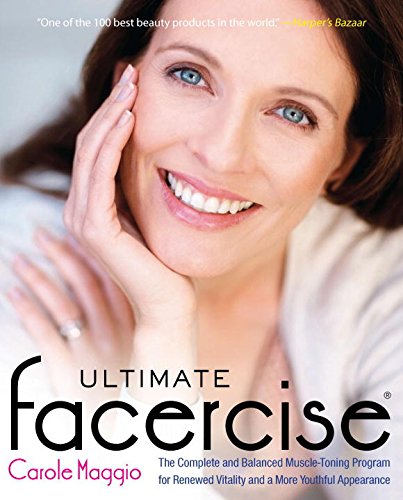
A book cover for Ultimate Facercise: The Complete and Balanced Muscle-Toning Program for RenewedVitality and a MoreYo uthful Appearance; Carole Maggio; Health, Fitness & Dieting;